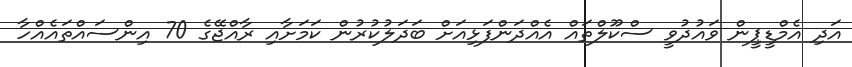
އަދި އެމްޑީޕީން ވައުދުވީ ސްކޫލްތައް އެއްދަންފަޅިއަށް ބަދަލުކުރުން ކަމަށާއި ރާއްޖޭގެ 70 އިންސައްތައެއްހާ